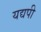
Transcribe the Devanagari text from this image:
यद्यपी